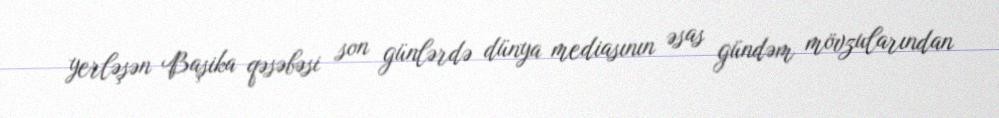
yerləşən Başika qəsəbəsi son günlərdə dünya mediasının əsas gündəm mövzularından